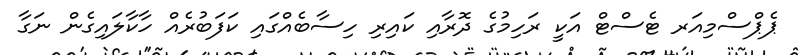
ޕެޕްސްމިއަރ ޓެސްޓް އަކީ ރަހިމުގެ ދޮރާއި ކައިރި ހިސާބެއްގައި ކަފަބުރެއް ހާކާލައިގެން ނަގާ